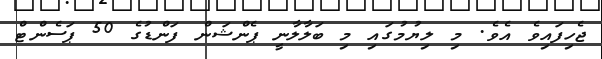
ޖެހިފައިވެ އެވެ. މި ލިޔުމުގައި މި ބަލާލާނީ ޕެންޝަން ފަންޑުގެ 50 ޕަސެންޓް